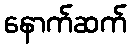
နောက်ဆက်